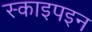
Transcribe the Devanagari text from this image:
स्काइपइन